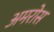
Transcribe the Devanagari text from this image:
अमरोस